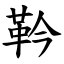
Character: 靲